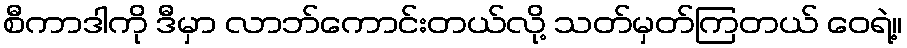
စီကာဒါကို ဒီမှာ လာဘ်ကောင်းတယ်လို့ သတ်မှတ်ကြတယ် ဝေရဲ့။